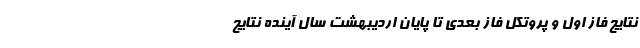
نتایج فاز اول و پروتکل فاز بعدی تا پایان اردیبهشت سال آینده نتایج